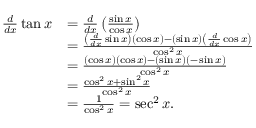
{ \begin{array} { r l } { { \frac { d } { d x } } \tan x } & { = { \frac { d } { d x } } \left( { \frac { \sin x } { \cos x } } \right) } \\ & { = { \frac { \left( { \frac { d } { d x } } \sin x \right) ( \cos x ) - ( \sin x ) \left( { \frac { d } { d x } } \cos x \right) } { \cos ^ { 2 } x } } } \\ & { = { \frac { ( \cos x ) ( \cos x ) - ( \sin x ) ( - \sin x ) } { \cos ^ { 2 } x } } } \\ & { = { \frac { \cos ^ { 2 } x + \sin ^ { 2 } x } { \cos ^ { 2 } x } } } \\ & { = { \frac { 1 } { \cos ^ { 2 } x } } = \sec ^ { 2 } x . } \end{array} }